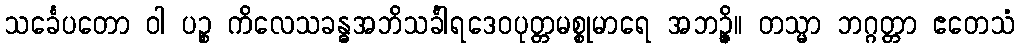
သင်္ခေပတော ဝါ ပဉ္စ ကိလေသခန္ဓအဘိသင်္ခါရဒေဝပုတ္တမစ္စုမာရေ အဘဉ္ဇိ။ တသ္မာ ဘဂ္ဂတ္တာ ဧတေသံ